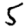
Digit: 5